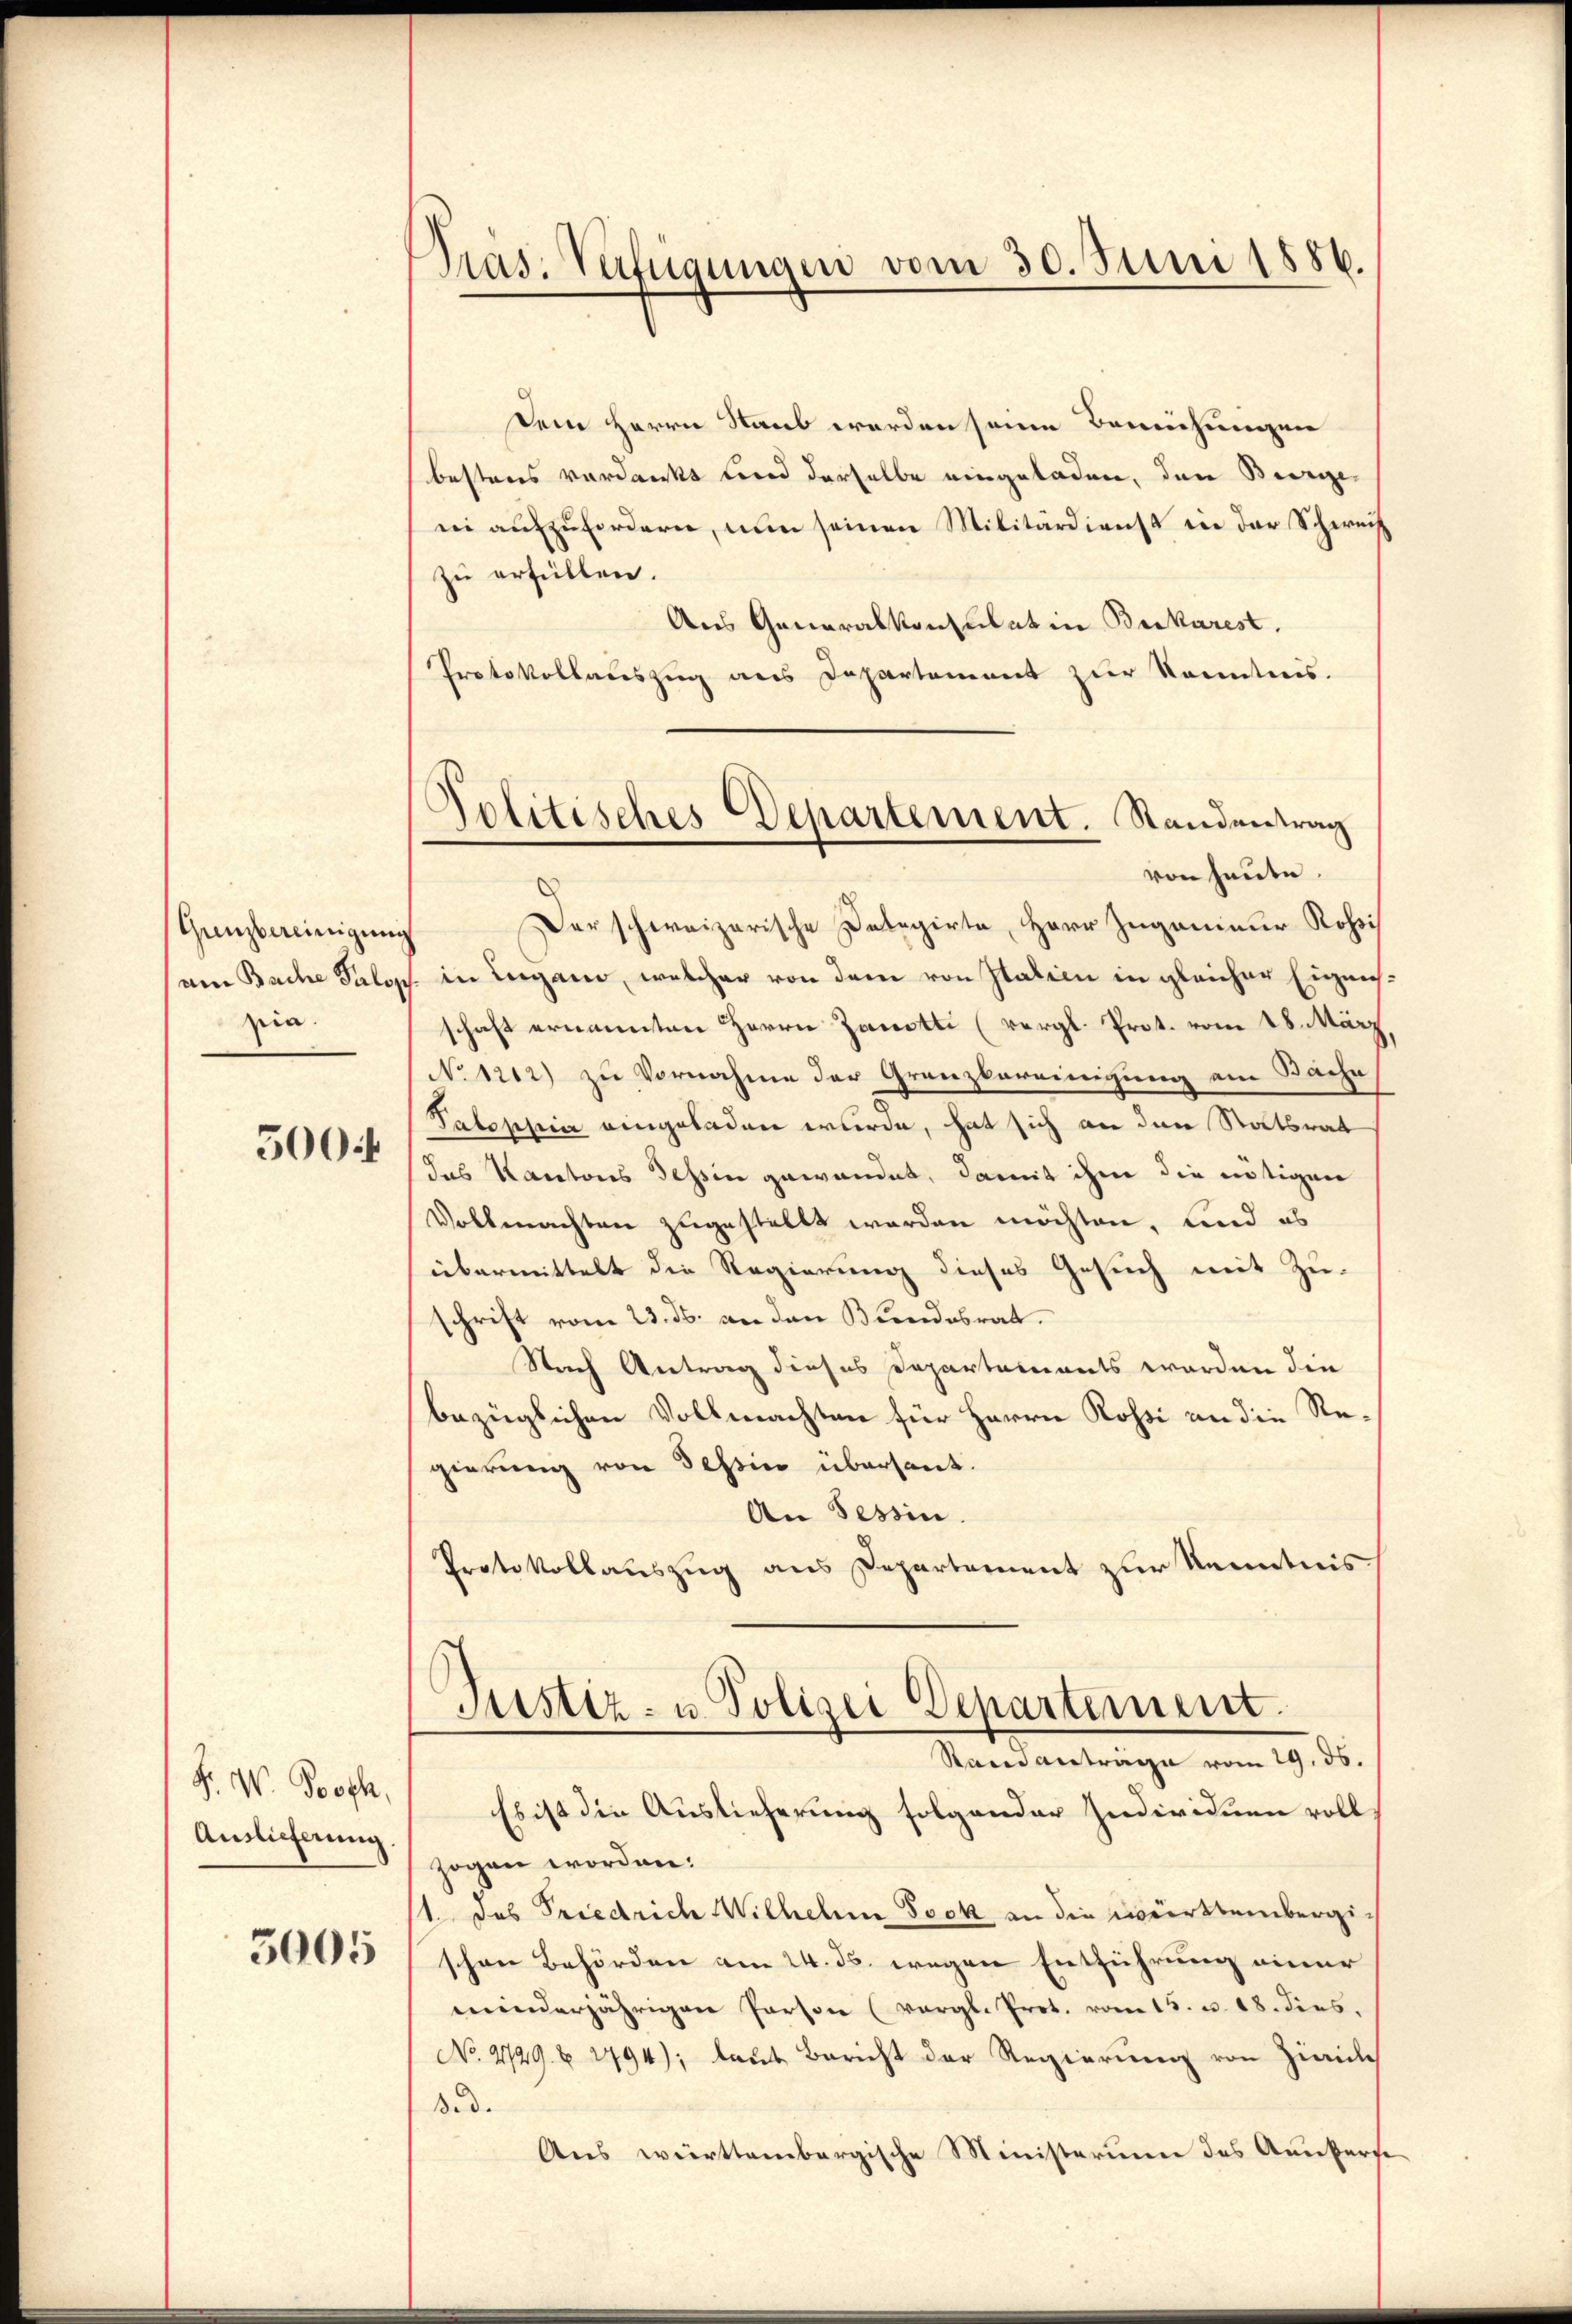
(Grenzbereinigung
pia.
500f

F. W. Proph,
Auslicherung
3005

Präs. Verfügungen vom 30. Juni 1886.

Dem Herrn Staat worden seine Bereichungen
bestens verdankt und derselbe eingeladen, den Burgeni aufzufordern, nun seinen Militärdienst in der Schweiz
zu erfüllen.
Aus Generalkonsulat in Brikarest.
Protokollauszug aus Departement zur Kenntnis.
Der schweizerische Delegirte Herr Zuganiner Rossi
(am Bache Salos in Lugano, welcher von dem von Italien in gleicher Eignisschaft ernannten Herrn Zanotti (vergl. Prot. vom 18. März
No 1212) zu Vornahme der Grenzbereinigung ein Sache
Patophia eingeladen wurde, hat sich an den Statsrat
das Kantons Tessin gewandet, damit ihm die nötigen
Vollmachten zugestellt worden möchten, und es
übermittelt die Regierung dieses Gesuch mit Zuschrift vom 23. ds. an den Bundesrat.
Nach Antrag dieses Departements werden die
bezüglichen Vollmachten für Herrn Rossi an die Regierung von Tessin übersant.
An Tessin.
Protokollauszug aus Departement zur Kenntnis
Justiz- u Polizei Departement.
Rand antrage vom 29. ds.
Es ist die Auslieferung folgender Individuen vollzogen worden:
1. Das Priedrich Wilhelm Sock an die württembergischon Behörden am 24. ds. wegen Entführung einer
minderjährigen Person (vergl. Prot. vom 15. u. 18. dies
No. 2729. 1794), laut Bericht der Regierung von Zivile
Bed.
Aus württembergische Ministerium des Auskurse

Politisches Departement. Standentrag
von heute.